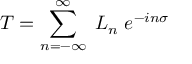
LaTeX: T = \sum _ { n = - \infty } ^ { \infty } \; L _ { n } \; e ^ { - i n \sigma }